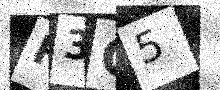
Text: F3C5